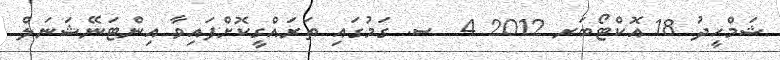
ޝަމްހީދު 18 އޮކްޓޯބަރ 2012 4  ސ. ގަމުގައި ތަރައްގީކޮށްފައިވާ އިންޓަނޭޝަނަލް